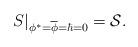
LaTeX: \begin{align*}\left.S\right|_{\phi^\ast=\overline{\phi}=\hbar=0}={\cal S}. \end{align*}